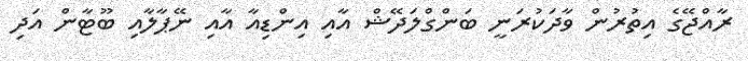
ރާއްޖޭގެ އިތުރުން ވާދަކުރަނީ ބަންގްލަދޭޝް އާއި އިންޑިއާ އާއި ނޭޕާލާއި ބޫޓާން އަދި